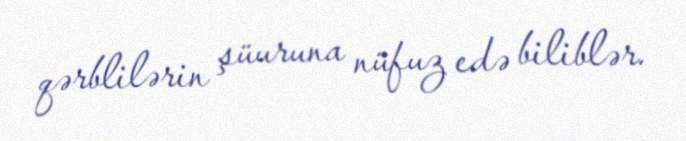
qərblilərin şüuruna nüfuz edə biliblər.